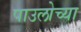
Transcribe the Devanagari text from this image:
पाउलोच्या